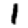
Digit: 1